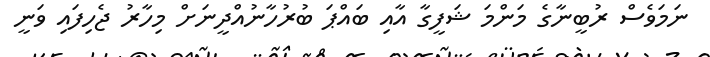
ނަމަވެސް ރުބީނާގެ މަންމަ ޝަފީގާ އާއި ބައްޕަ ބުރުހާނުއްދީނަށް މިހާރު ޖެހިފައި ވަނީ